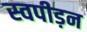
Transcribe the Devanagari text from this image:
स्वपीड़न